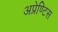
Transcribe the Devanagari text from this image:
अप्रेण्टिस